Report on vaccination in Madras 1877-1894 - 1877-1894
Year: 1877
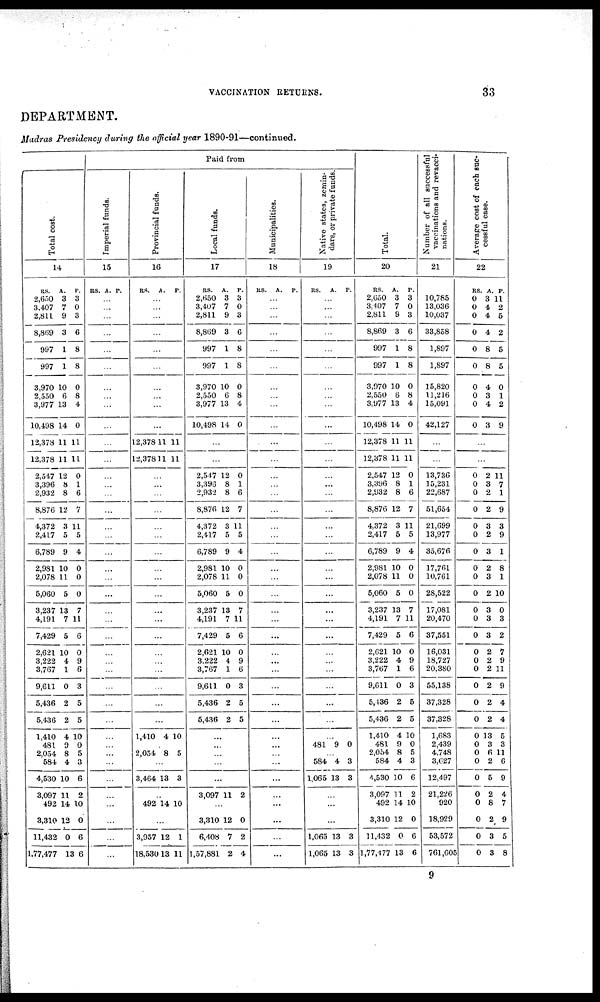
VACCINATION RETURNS.
33
DEPARTMENT.
Madras Presidency during the official year 1890-91—continued.
Total cost.
14
RS.
2,650
3,407
2,811
8,869
997
997
3,970
2,550
3,977
10,498
12,378
12,378
2,547
3,396
2,932
8,876
4,372
2,417
6,789
2,981
2,078
5,060
3,237
4,191
7,429
2,621
3,222
3,767
9,611
5,436
5,436
1,410
481
2,054
584
4,530
3,097
492
3,310
11,432
1,77,477
A.
3
7
9
3
1
1
10
6
13
14
11
11
12
8
8
12
3
5
9
10
11
5
13
7
5
10
4
1
0
2
2
4
0
8
4
10
11
14
12
0
13
P.
3
0
3
6
8
8
0
8
4
0
11
11
0
1
6
7
11
5
4
0
0
0
7
11
6
0
9
6
3
5
5
10
0
5
3
6
2
10
0
6
6
Paid from
Imperial funds.
15
RS. A. P.
...
...
...
...
...
...
...
...
...
...
...
...
...
...
...
...
...
...
...
...
...
...
...
...
...
...
...
...
...
...
...
...
...
...
...
...
...
...
...
...
...
Provincial funds.
16
RS. A. P.
...
...
...
...
...
...
...
...
...
...
12,378
12,378
11
11
11
11
...
...
...
...
...
...
...
...
...
...
...
...
...
...
...
...
...
...
...
1,410 4 10
...
2,054 8 5
...
3,464 13 3
...
492 14 10
...
3,957
18,530
12
13
1
11
Local funds.
17
RS.
2,650
3,407
2,811
8,869
997
997
3,970
2,550
3,977
10,498
A.
3
7
9
3
1
1
10
6
13
14
P.
3
0
3
6
8
8
0
8
4
0
...
...
2,547
3,396
2,932
8,876
4,372
2,417
6,789
2,981
2,078
5,060
3,237
4,191
7,429
2,621
3,222
3,767
9,611
5,436
5,436
12
8
8
12
3
5
9
10
11
5
13
7
5
10
4
1
0
2
2
0
1
6
7
11
5
4
0
0
0
7
11
6
0
9
6
3
5
5
...
...
...
...
...
3,097 11 2
...
3,310
6,408
1,57,881
12
7
2
0
2
4
Municipalities.
18
RS. A. P.
...
...
...
...
...
...
...
...
...
...
...
...
...
...
...
...
...
...
...
...
...
...
...
...
...
...
...
...
...
...
...
...
...
...
...
...
...
...
...
...
...
Native states, zemin-
dars, or private funds.
19
RS.
A. P.
...
...
...
...
...
...
...
...
...
...
...
...
...
...
...
...
...
...
...
...
...
...
...
...
...
...
...
...
...
...
...
...
481 9 0
...
584
1,065
4
13
3
3
...
...
...
1,065
1,065
13
13
3
3
Total.
20
RS.
2,650
3,407
2,811
8,869
997
997
3,970
2,550
3,977
10,498
12,378
12,378
2,547
3,396
2,932
8,876
4,372
2,417
6,789
2,981
2,078
5,060
3,237
4,191
7,429
2,621
3,222
3,767
9,611
5,436
5,436
1,410
481
2,054
584
4,530
3,097
492
3,310
11,432
1,77,177
A.
3
7
9
3
1
1
10
6
13
14
11
11
12
8
8
12
3
5
9
10
11
5
13
7
5
10
4
1
0
2
2
4
9
8
4
10
11
14
12
0
13
P.
3
0
3
6
8
8
0
8
4
0
11
11
0
1
6
7
11
5
4
0
0
0
7
11
6
0
9
6
3
5
5
10
0
5
3
6
2
10
0
6
6
Number of all successful
vaccinations and revacci-
nations.
21
10,785
13,036
10,037
33,858
1,897
1,897
15,820
11,216
15,091
42,127
...
...
13,736
15,231
22,687
51,654
21,699
13,977
35,676
17,761
10,761
28,522
17,081
20,470
37,551
16,031
18,727
20,380
55,138
37,328
37,328
1,683
2,439
4,748
3,627
12,497
21,226
920
18,929
53,572
761,605
Average cost of each suc-
cessful case.
22
RS
0
0
0
0
0
0
0
0
0
0
A.
3
4
4
4
8
8
4
3
4
3
P.
11
2
5
2
5
5
0
1
2
9
...
...
0
0
0
0
0
0
0
0
0
0
0
0
0
0
0
0
0
0
0
0
0
0
0
0
0
0
0
0
0
2
3
2
2
3
2
3
2
3
2
3
3
3
2
2
2
2
2
2
13
3
6
2
5
2
8
2
3
3
11
7
1
9
3
9
1
8
1
10
0
3
2
7
9
11
9
4
4
5
3
11
6
9
4
7
9
5
8
9